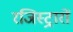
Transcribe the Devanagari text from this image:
रजिस्ट्रारों